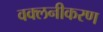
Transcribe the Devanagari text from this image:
वक्लनीकरण